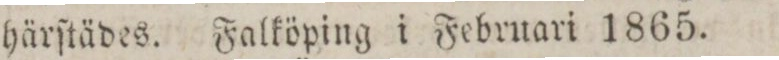
härſtädes. Falköping i Februari 1865.